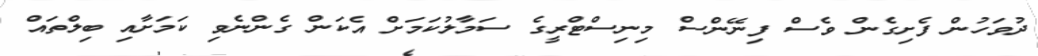
ދުވަހުން ފެށިގެން ވެސް ފިނޭންސް މިނިސްޓްރީގެ ސަމާލުކަމަށް އެކަން ގެންނެވި ކަމަށާއި ބިލްތައް